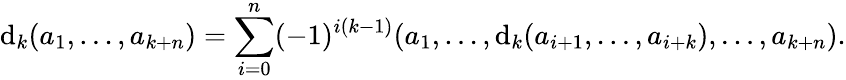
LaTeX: \mathrm{d}_{k}(a_{1},\ldots,a_{k+n})=\sum_{i=0}^{n}(-1)^{i(k-1)}(a_{1},\ldots,\mathrm{d}_{k}(a_{i+1},\ldots,a_{i+k}),\ldots,a_{k+n}).